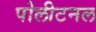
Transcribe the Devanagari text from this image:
पोलीटनल